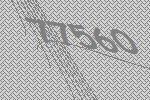
77560